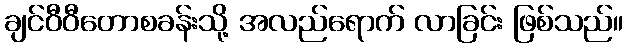
ချင်ဝီဝီတောစခန်းသို့ အလည်ရောက် လာခြင်း ဖြစ်သည်။